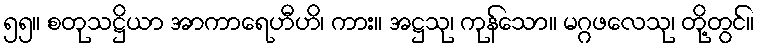
၅၅။ စတုသဋ္ဌိယာ အာကာရေဟီဟိ၊ ကား။ အဋ္ဌသု၊ ကုန်သော။ မဂ္ဂဖလေသု၊ တို့တွင်။